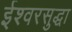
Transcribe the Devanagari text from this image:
ईश्वरसुद्धा